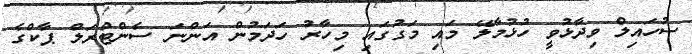
ސުހައިލް ވިދާޅުވީ ހުޅުމާލޭ މައި މަގުގައި މިހާރު ހަދަމުން އަންނަ ސެންޓްރަލް ޕާކްގެ